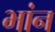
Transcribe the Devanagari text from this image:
भांन